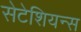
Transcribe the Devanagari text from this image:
सेटेशियन्स